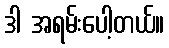
ဒါ အရမ်းပေါ့တယ်။